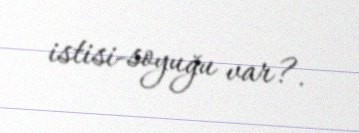
istisi-soyuğu var?.